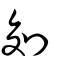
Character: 𠜅